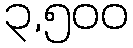
၃,၅၀၀